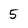
Character: 5